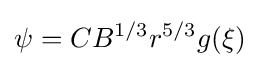
\psi =CB^{1/3}r^{5/3}g(\xi )